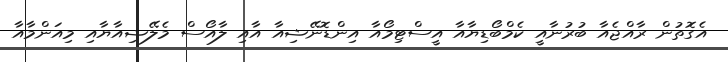
އެގޮތުން ރާއްޖެއާ ބުރުނާއީ ކެމްބޯޑިޔާއާ އީސްޓިމޯއާ އިންޑޮނޭޝިއާ އާއި ލާއޯސް މެލޭޝިއާޔާއި މިއަންމާއާ